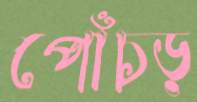
পোঁচড়